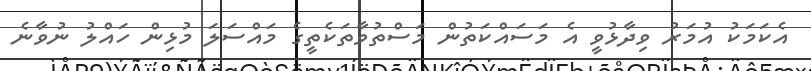
އެކަމަކު އުމަރު ވިދާޅުވީ އެ މަސައްކަތުން މަސްތުވާތަކެތީގެ މައްސަލަ މުޅިން ހައްލު ނުވާނެ